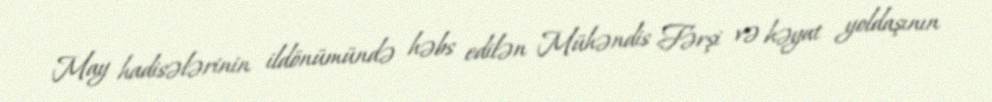
May hadisələrinin ildönümündə həbs edilən Mühəndis Fərşi və həyat yoldaşının